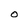
Character: O